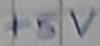
Text: +5V